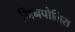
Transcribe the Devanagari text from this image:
मिनपोलिस